system: You are a helpful assistant.
user:
Analyze the provided spectrum to determine if it is a **White Dwarf (WD)**.

A White Dwarf spectrum is defined by its **extreme purity** (due to gravitational settling) and/or **extreme pressure broadening** (due to high surface gravity). You must check for one of the following mutually exclusive signatures:

- **Key Visual Indicators (Check for ONE of these types):**

    - **1. DA-Type Signature (Most Common):**
        - **(Primary Feature):** Extreme pressure broadening (Stark broadening) of the **Hydrogen (H) Balmer lines**.
        - **(Key Lines):** $H\beta$ (approx. $4861$ Å) and $H\gamma$ (approx. $4340$ Å). $H\alpha$ (approx. $6563$ Å) will also be present if the wavelength range covers it.
        - **(Line Profile):** This is the **defining feature**. The lines are **NOT** sharp. They appear as massive, **extremely broad and deep "troughs" or "dips"** in the spectrum, often hundreds of Ångströms wide. The continuum will appear to "scoop" down at these wavelengths.
        - **(Distinction):** Normal A-type or B-type stars have *narrow* and *sharp* Hydrogen lines. A DA White Dwarf's lines are unmistakably "smeared" or "blurry" from pressure.

    - **2. DB-Type Signature:**
        - **(Primary Feature):** Broad absorption lines from **Neutral Helium (He I)**. The spectrum must lack any visible Hydrogen lines.
        - **(Key Lines):** Look for broad absorption near $4471$ Å, $4921$ Å, and $5876$ Å.
        - **(Line Profile):** These lines are also significantly pressure-broadened, appearing much wider than they would in a normal B-type main-sequence star.

    - **3. DC-Type Signature:**
        - **(Primary Feature):** A **featureless continuous spectrum**.
        - **(Line Profile):** The spectrum is a smooth curve with **no significant absorption or emission lines**.
        - **(Key Confirmation):** The continuum is almost always **blue or white**, indicating a hot object. This signature implies the atmosphere is so pure (or so cool) that no spectral lines are visible in the optical range. Its WD identity is confirmed by its extremely low intrinsic brightness (high absolute magnitude).

    - **4. DZ-Type Signature (Metal-Polluted):**
        - **(Primary Feature):** **Isolated, narrow metal absorption lines** on an otherwise featureless (DC-like) continuum.
        - **(Key Lines):** The **Calcium (Ca II) H & K doublet** (approx. **$3934$ Å** and **$3968$ Å**) is the most common and defining feature.
        - **(Line Profile):** These lines are "out of place." They are *not* part of a "forest" of thousands of lines. This signature is evidence of recent *accretion* (pollution) from rocky debris.
        - **(Distinction):** Normal G/K/M stars have a *dense forest* of thousands of metal lines. A DZ has a *clean* continuum with *only a few* strong metal lines.

    - **5. DQ-Type Signature (Carbon-Polluted):**
        - **(Primary Feature):** Absorption bands from **Carbon (C₂ "Swan Bands" or atomic C I)**.
        - **(Key Lines - C₂):** Look for bandheads with a "saw-tooth" shape near $5635$ Å, **$5165$ Å** (strongest), and $4737$ Å.
        - **(Key Confirmation):** The underlying **continuum must be blue or white** (hot).
        - **(Distinction):** This is the critical difference from a **Carbon Star**, which has the *exact same* C₂ bands but on an extremely **red, cool** continuum.

- **(Overall Spectrum):**
    - The continuum (overall shape) is typically **blue-sloping** (brighter in the blue than the red), as most white dwarfs are very hot.
    - The spectrum will look "pure" or "simple," dominated by only *one* of the five signatures listed above.

Think first, call **spectral_visualization_tool** if needed to examine features in detail, then provide your final answer. Your response must adhere to the following strict rules:
1.  **Overall Structure:** Your response must follow the format `<think>...</think> <tool_call>...</tool_call> (if a tool is used) <answer>...</answer>`.
2.  **Tool Usage Constraint:** You may only make **one** tool call per turn.
3.  **Final Answer Format:** In the `<answer>` tag, your conclusion must be inside a `\boxed{}` command (e.g., `\boxed{YES}` or `\boxed{NO}`), followed by your justification.

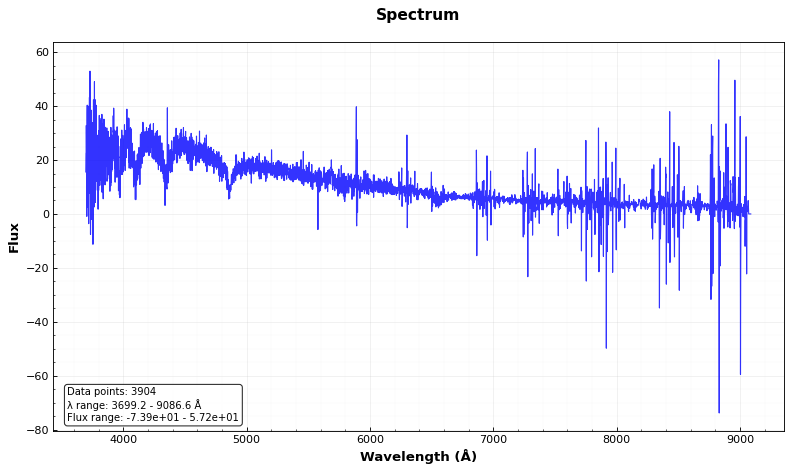
Answer: YES